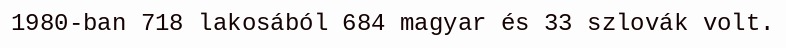
1980-ban 718 lakosából 684 magyar és 33 szlovák volt.